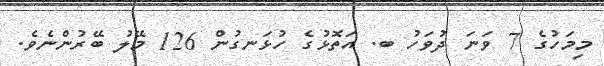
މިމަހުގެ 7 ވަނަ ދުވަހު ބ. އަތޮޅުގެ ހުޅަނގުން 126 މޭލު ބޭރުންނެވެ.